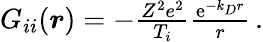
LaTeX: \begin{array}{r}{G_{ii}(\boldsymbol{r})=-\frac{Z^{2}e^{2}}{T_{i}}\frac{\mathrm{e}^{-k_{D}r}}{r}\, .}\end{array}